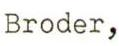
Broder,